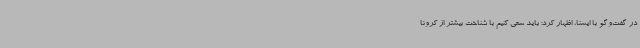
در گفت‌وگو با ایسنا، اظهار کرد: باید سعی کنیم با شناخت بیشتر از کرونا